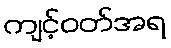
ကျင့်ဝတ်အရ